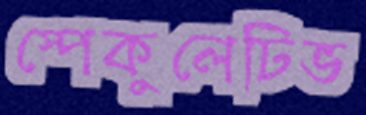
স্পেকুলেটিভ